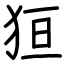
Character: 狟